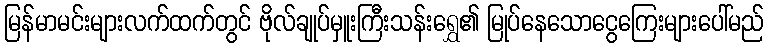
မြန်မာမင်းများလက်ထက်တွင် ဗိုလ်ချုပ်မှူးကြီးသန်းရွှေ၏ မြုပ်နေသောငွေကြေးများပေါ်မည်